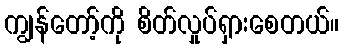
ကျွန်တော့်ကို စိတ်လှုပ်ရှားစေတယ်။